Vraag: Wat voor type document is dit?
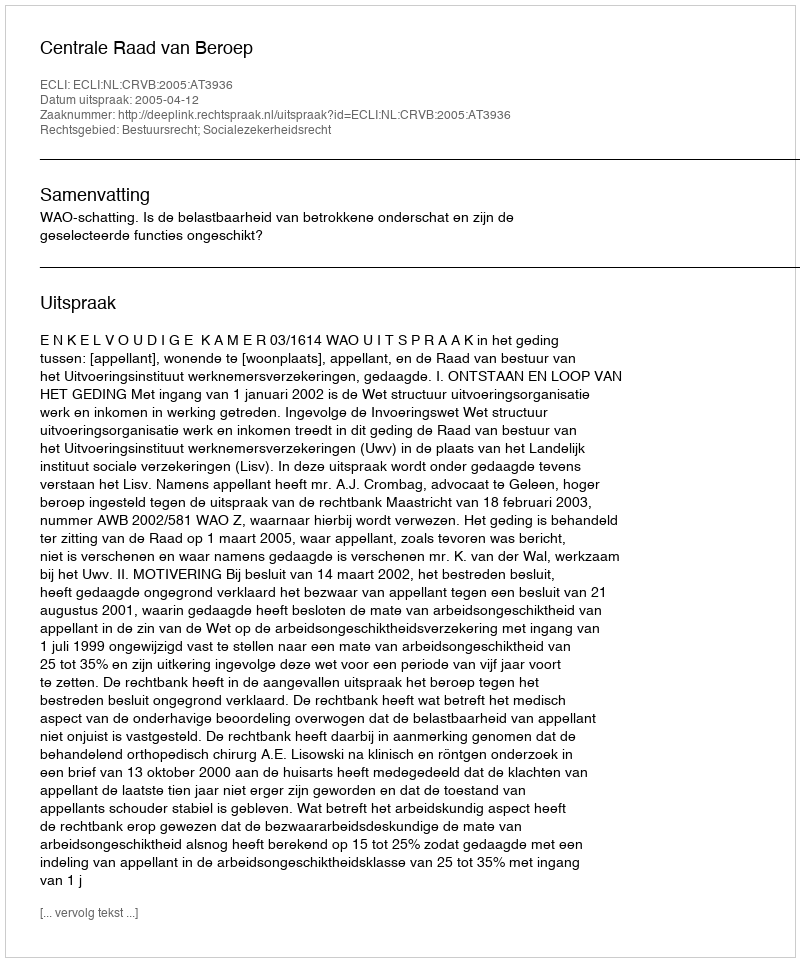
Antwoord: Uitspraak